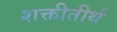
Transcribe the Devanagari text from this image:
शक्तीतीर्थ